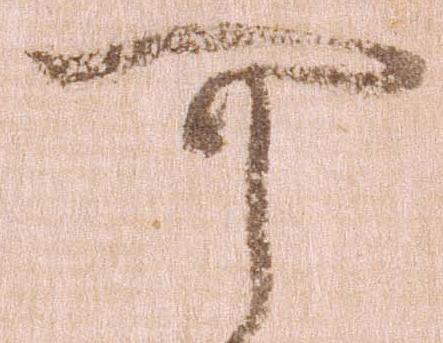
可